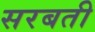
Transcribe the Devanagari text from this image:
सरबती